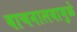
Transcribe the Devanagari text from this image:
वाचनालयामुळे